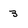
Character: 3